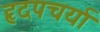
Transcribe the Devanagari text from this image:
हृदपचर्या